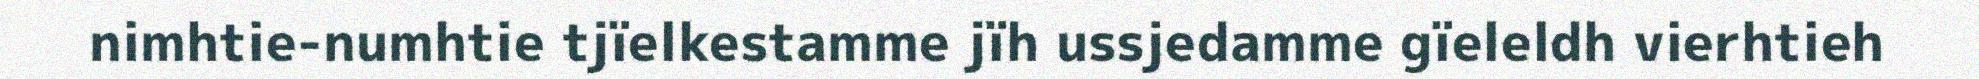
nimhtie-numhtie tjïelkestamme jïh ussjedamme gïeleldh vierhtieh